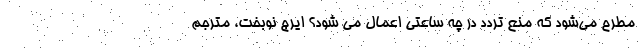
مطرح می‌شود که منع تردد در چه ساعتی اعمال می شود؟ ایرج نوبخت، مترجم